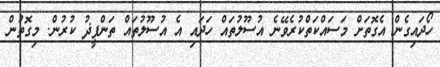
ހޯދައިގެން އެގޮތަށް މަސައްކަތްކުރެވޭނެ އުސޫލުތައް ހަދައި އެ އުސޫލުތައް ތަންފީޛު ކުރުން. މިގޮތުން